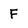
Character: F